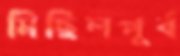
মিছিলপূর্ব